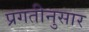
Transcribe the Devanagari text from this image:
प्रगतीनुसार